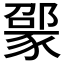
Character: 𬥃